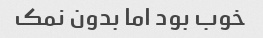
خوب بود اما بدون نمک